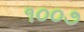
૧૦૦૭